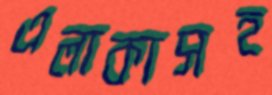
এলাকাসহ